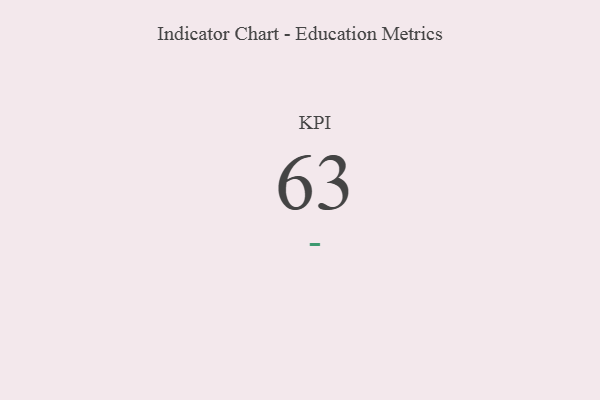
{"axis": {"x": "KPI", "y": "Value"}, "legend": [""], "data": [{"x": "KPI", "y": 63, "type": ""}]}